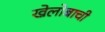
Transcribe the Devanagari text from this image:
खेलोबाची